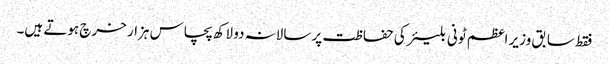
فقط سابق وزیر اعظم ٹونی بلیئر کی حفاظت پر سالانہ دو لاکھ پچاس ہزار خرچ ہوتے ہیں۔